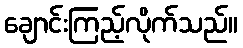
ချောင်းကြည့်လိုက်သည်။